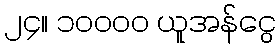
၂၄။ ၁၀၀၀၀ ယူအန်ငွေ